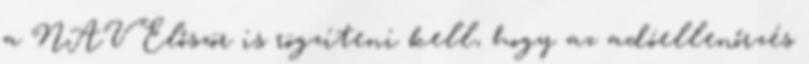
a NAV Először is rögzíteni kell, hogy az adóellenőrzés